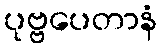
ပုဗ္ဗပေတာနံ